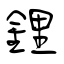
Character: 鋰